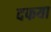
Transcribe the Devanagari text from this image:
दफया